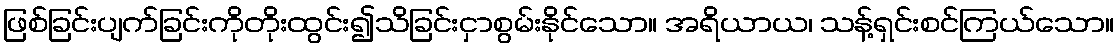
ဖြစ်ခြင်းပျက်ခြင်းကိုတိုးထွင်း၍သိခြင်းငှာစွမ်းနိုင်သော။ အရိယာယ၊ သန့်ရှင်းစင်ကြယ်သော။